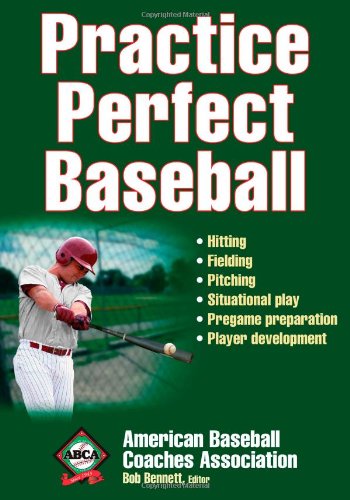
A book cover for Practice Perfect Baseball; American Baseball Coaches Association; Sports & Outdoors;